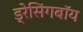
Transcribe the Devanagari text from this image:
ड्रेसिंगबॉय